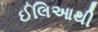
ઈલિઆથી